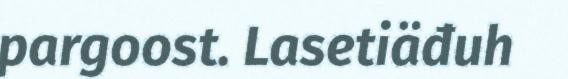
pargoost. Lasetiäđuh